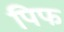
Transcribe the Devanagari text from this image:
पिफ